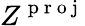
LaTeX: Z^{\mathrm{~p~r~o~j~}}